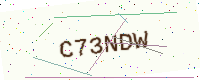
Text: C73NDW